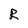
Character: R